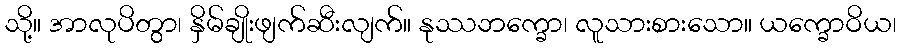
သို့။ အာလုပိတွာ၊ နှိမ်ချိုးဖျက်ဆီးလျက်။ နုဿဘက္ခော၊ လူသားစားသော။ ယက္ခောဝိယ၊